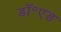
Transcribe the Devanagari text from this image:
डॉ॰एड